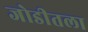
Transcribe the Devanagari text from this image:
जोडीतला